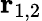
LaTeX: \mathbf{r}_{1,2}